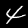
Digit: 4